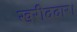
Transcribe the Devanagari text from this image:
खरीददार।